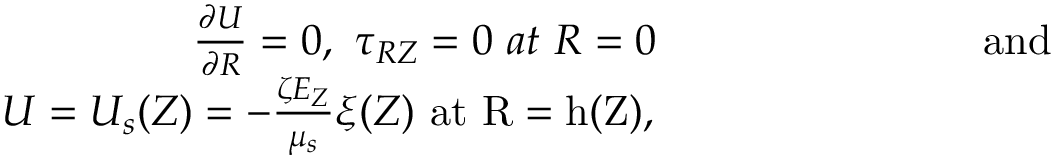
\begin{array} { r } { \frac { \partial U } { \partial R } = 0 , ~ \tau _ { R Z } = 0 ~ a t ~ R = 0 ~ ~ ~ ~ ~ ~ ~ ~ ~ ~ ~ ~ ~ ~ ~ ~ ~ ~ ~ ~ ~ ~ ~ \mathrm { { a n d ~ ~ ~ } } } \\ { U = U _ { s } ( Z ) = - \frac { \zeta E _ { Z } } { \mu _ { s } } \xi ( Z ) ~ \mathrm { { a t } ~ R = h ( Z ) , ~ ~ ~ ~ ~ ~ ~ ~ ~ ~ ~ ~ ~ ~ ~ ~ ~ ~ ~ ~ ~ ~ ~ ~ ~ ~ ~ ~ ~ ~ ~ } } \end{array}